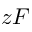
z F